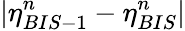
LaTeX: |\eta_{BIS-1}^{n}-\eta_{BIS}^{n}|